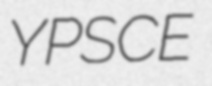
YPSCE